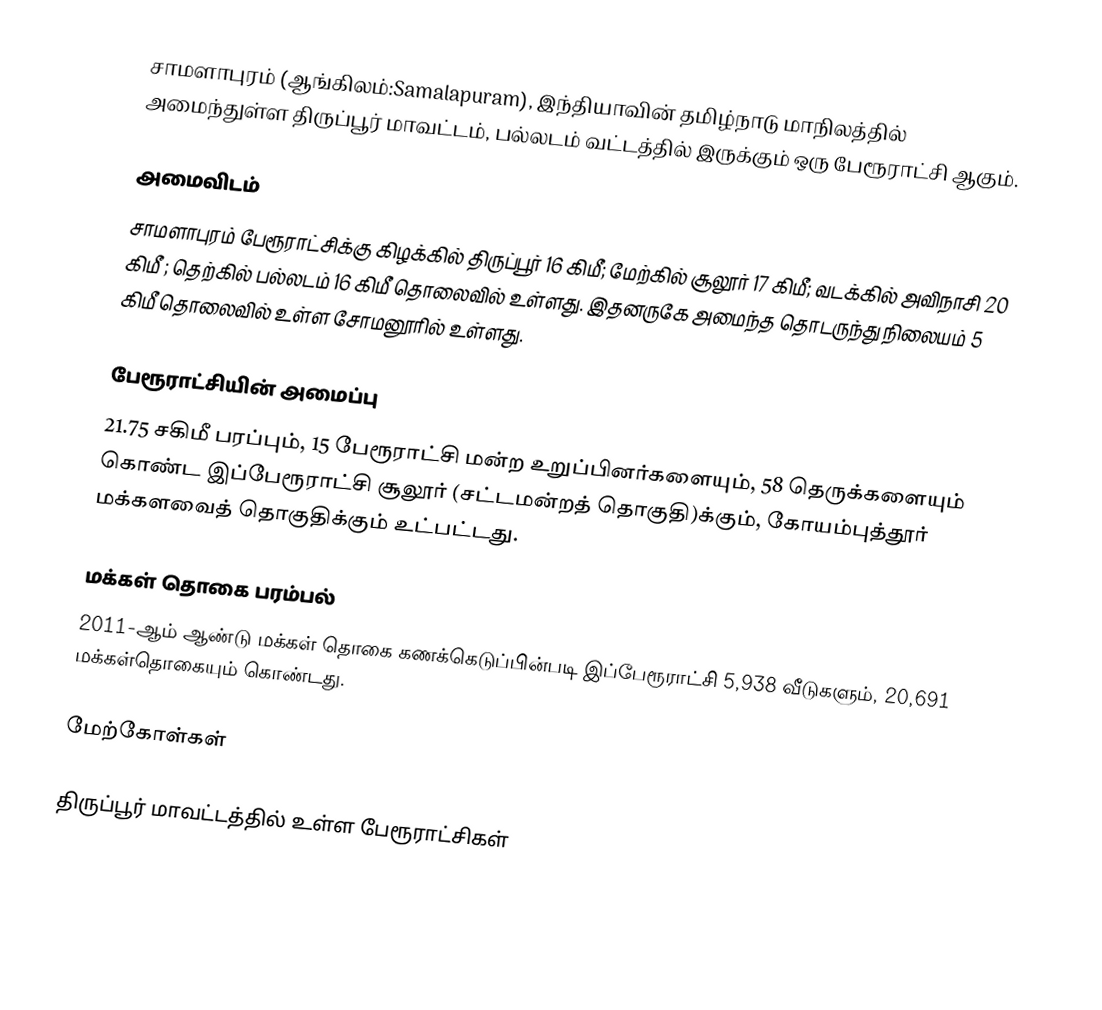
சாமளாபுரம் (ஆங்கிலம்:Samalapuram), இந்தியாவின் தமிழ்நாடு மாநிலத்தில் அமைந்துள்ள திருப்பூர் மாவட்டம், பல்லடம் வட்டத்தில் இருக்கும் ஒரு பேரூராட்சி ஆகும்.

அமைவிடம்
சாமளாபுரம் பேரூராட்சிக்கு கிழக்கில்  திருப்பூர் 16   கிமீ; மேற்கில் சூலூர் 17 கிமீ; வடக்கில் அவிநாசி 20 கிமீ ; தெற்கில் பல்லடம் 16 கிமீ தொலைவில் உள்ளது. இதனருகே அமைந்த தொடருந்து நிலையம் 5 கிமீ தொலைவில் உள்ள சோமனூரில் உள்ளது.

பேரூராட்சியின் அமைப்பு
21.75 சகிமீ பரப்பும்,  15 பேரூராட்சி மன்ற உறுப்பினர்களையும், 58 தெருக்களையும்   கொண்ட இப்பேரூராட்சி  சூலூர்    (சட்டமன்றத் தொகுதி)க்கும், கோயம்புத்தூர் மக்களவைத் தொகுதிக்கும் உட்பட்டது.

மக்கள் தொகை பரம்பல்
2011-ஆம் ஆண்டு மக்கள் தொகை கணக்கெடுப்பின்படி  இப்பேரூராட்சி 5,938    வீடுகளும், 20,691 மக்கள்தொகையும் கொண்டது.

மேற்கோள்கள்

திருப்பூர் மாவட்டத்தில் உள்ள பேரூராட்சிகள்